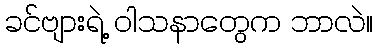
ခင်ဗျားရဲ့ ဝါသနာတွေက ဘာလဲ။